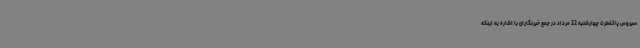
سیروس پاکفطرت چهارشنبه 22 مرداد در جمع خبرنگاران با اشاره به اینکه